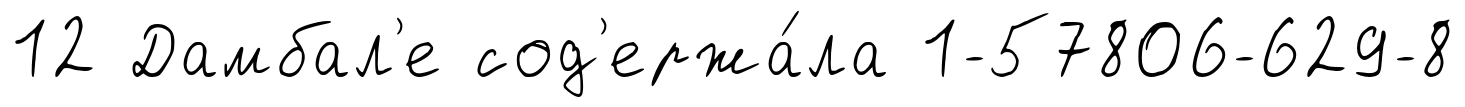
12 Дамбал'е сод'ержа́ла 1-57806-629-8